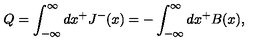
Q = \int _ { - { \infty } } ^ { \infty } d x ^ { + } J ^ { - } ( x ) = - \int _ { - { \infty } } ^ { \infty } d x ^ { + } B ( x ) ,